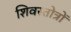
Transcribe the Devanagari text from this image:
शिवस्तोत्रों